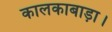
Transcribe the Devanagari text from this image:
कालकाबाड़ा।